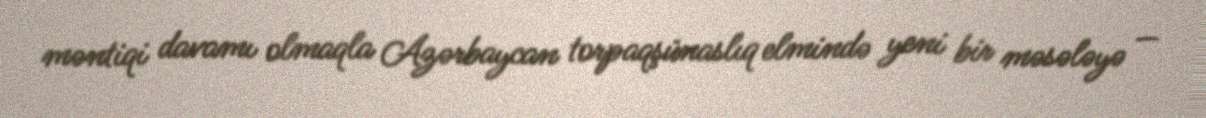
məntiqi davamı olmaqla Azərbaycan torpaqşünaslıq elmində yeni bir məsələyə —